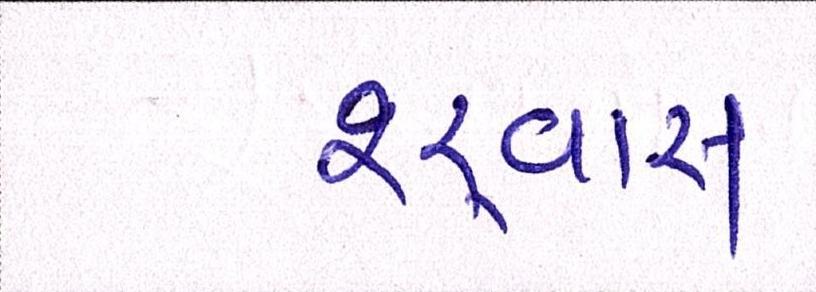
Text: શ્ર્વાસ